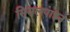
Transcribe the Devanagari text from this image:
सिसलपाइन